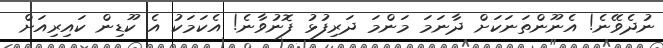
ނުދެވޭނެ! އެނޫންތަނަކަށް ދާނަމަ މަންމަ ދަރިފުޅު ފޮނުވާނެ! އެކަމަކު އެ ކޫޑިން ކައިރިއަށް